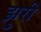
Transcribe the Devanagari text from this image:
झुरी